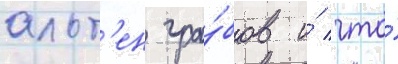
альт'ен гра́бов и́ что́